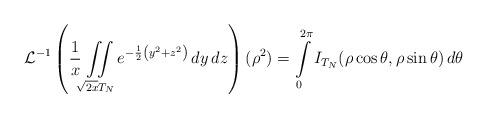
LaTeX: \begin{align*}\mathcal{L}^{-1}\left(\frac{1}{x}\iint\limits_{\sqrt{2x}T_N}e^{-\frac{1}{2}\left( y^{2}+z^{2}\right)}\, dy \, dz\right)(\rho^{2}) = \int\limits_{0}^{2\pi}I_{T_N}(\rho\cos\theta,\rho\sin\theta) \, d\theta \end{align*}